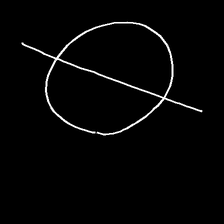
Glyph: orb